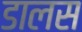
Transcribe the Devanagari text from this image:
डालस